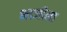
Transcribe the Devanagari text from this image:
भाजीला